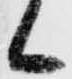
候